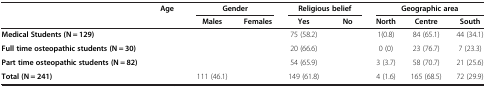
<table><thead><tr><td>[EMPTY_CELL]</td><td rowspan="2"><b>Age</b></td><td colspan="2"><b>Gender</b></td><td colspan="2"><b>Religious belief</b></td><td colspan="3"><b>Geographic area</b></td></tr><tr><td>[EMPTY_CELL]</td><td><b>Males</b></td><td><b>Females</b></td><td><b>Yes</b></td><td><b>No</b></td><td><b>North</b></td><td><b>Centre</b></td><td><b>South</b></td></tr></thead><tbody><tr><td><b>Medical Students (N = 129)</b></td><td>[EMPTY_CELL]</td><td>[EMPTY_CELL]</td><td>[EMPTY_CELL]</td><td>75 (58.2)</td><td>[EMPTY_CELL]</td><td>1(0.8)</td><td>84 (65.1)</td><td>44 (34.1)</td></tr><tr><td><b>Full time osteopathic students (N = 30)</b></td><td>[EMPTY_CELL]</td><td>[EMPTY_CELL]</td><td>[EMPTY_CELL]</td><td>20 (66.6)</td><td>[EMPTY_CELL]</td><td>0 (0)</td><td>23 (76.7)</td><td>7 (23.3)</td></tr><tr><td><b>Part time osteopathic students (N = 82)</b></td><td>[EMPTY_CELL]</td><td>[EMPTY_CELL]</td><td>[EMPTY_CELL]</td><td>54 (65.9)</td><td>[EMPTY_CELL]</td><td>3 (3.7)</td><td>58 (70.7)</td><td>21 (25.6)</td></tr><tr><td><b>Total (N = 241)</b></td><td>[EMPTY_CELL]</td><td>111 (46.1)</td><td>[EMPTY_CELL]</td><td>149 (61.8)</td><td>[EMPTY_CELL]</td><td>4 (1.6)</td><td>165 (68.5)</td><td>72 (29.9)</td></tr></tbody></table>